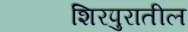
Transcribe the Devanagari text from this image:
शिरपुरातील